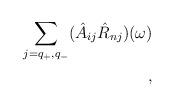
LaTeX: \begin{align*}\sum_{j=q_{+}, q_{-}}(\hat A_{ij} \hat R_{nj})(\omega)\\,\end{align*}